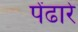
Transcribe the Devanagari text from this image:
पेंढारे